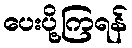
ပေးပို့ကြရန်